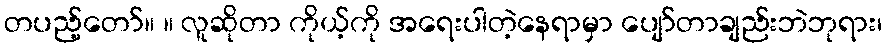
တပည့်တော်။ ။ လူဆိုတာ ကိုယ့်ကို အရေးပါတဲ့နေရာမှာ ပျော်တာချည်းဘဲဘုရား၊